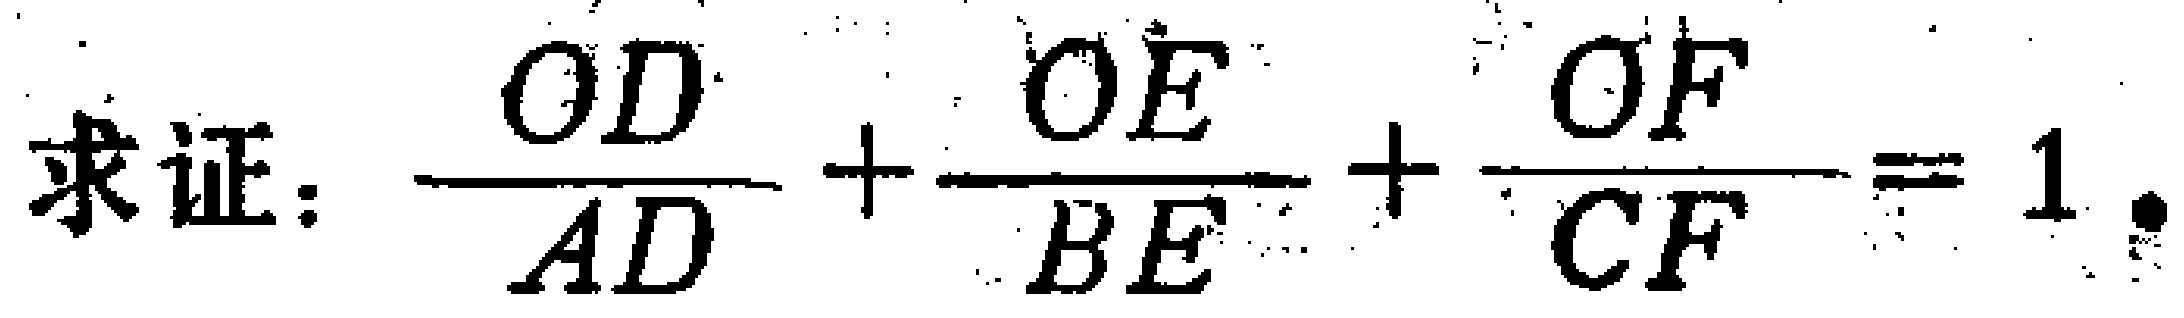
求证：\(\frac{OD}{AD}+\frac{OE}{BE}+\frac{OF}{CF}=1\)。